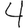
Digit: 4